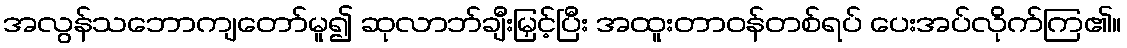
အလွန်သဘောကျတော်မူ၍ ဆုလာဘ်ချီးမြှင့်ပြီး အထူးတာဝန်တစ်ရပ် ပေးအပ်လိုက်ကြ၏။